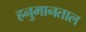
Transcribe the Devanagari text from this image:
हनुमानताल